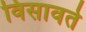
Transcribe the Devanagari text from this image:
विसावते